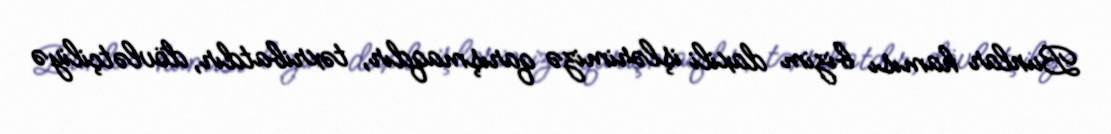
Bunlar hamısı bizim daxili işlərimizə qarışmaqdır, təxribatdır, dövlətçiliyə